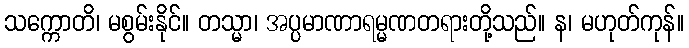
သက္ကောတိ၊ မစွမ်းနိုင်။ တသ္မာ၊ အပ္ပမာဏာရမ္မဏတရားတို့သည်။ န၊ မဟုတ်ကုန်။